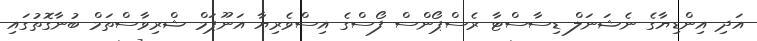
އަދި އިންޑިޔާގެ ނެޝަނަލް ޑިސާސްޓާ ރެސްޕޯންސް ފޯސްގެ އިސްވެރިޔާ އަނޫޕަމް ޝްރިވާސްތަމް ބުނާގޮތުގައި